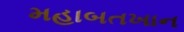
મહાબતખાન